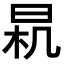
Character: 𣌯